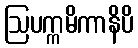
ဩပက္ကမိကာနိပိ